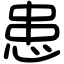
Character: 患